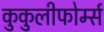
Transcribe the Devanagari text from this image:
कुकुलीफोर्म्स